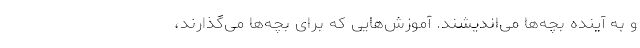
و به آینده بچه‌ها می‌اندیشند. آموزش‌هایی که برای بچه‌ها می‌گذارند،